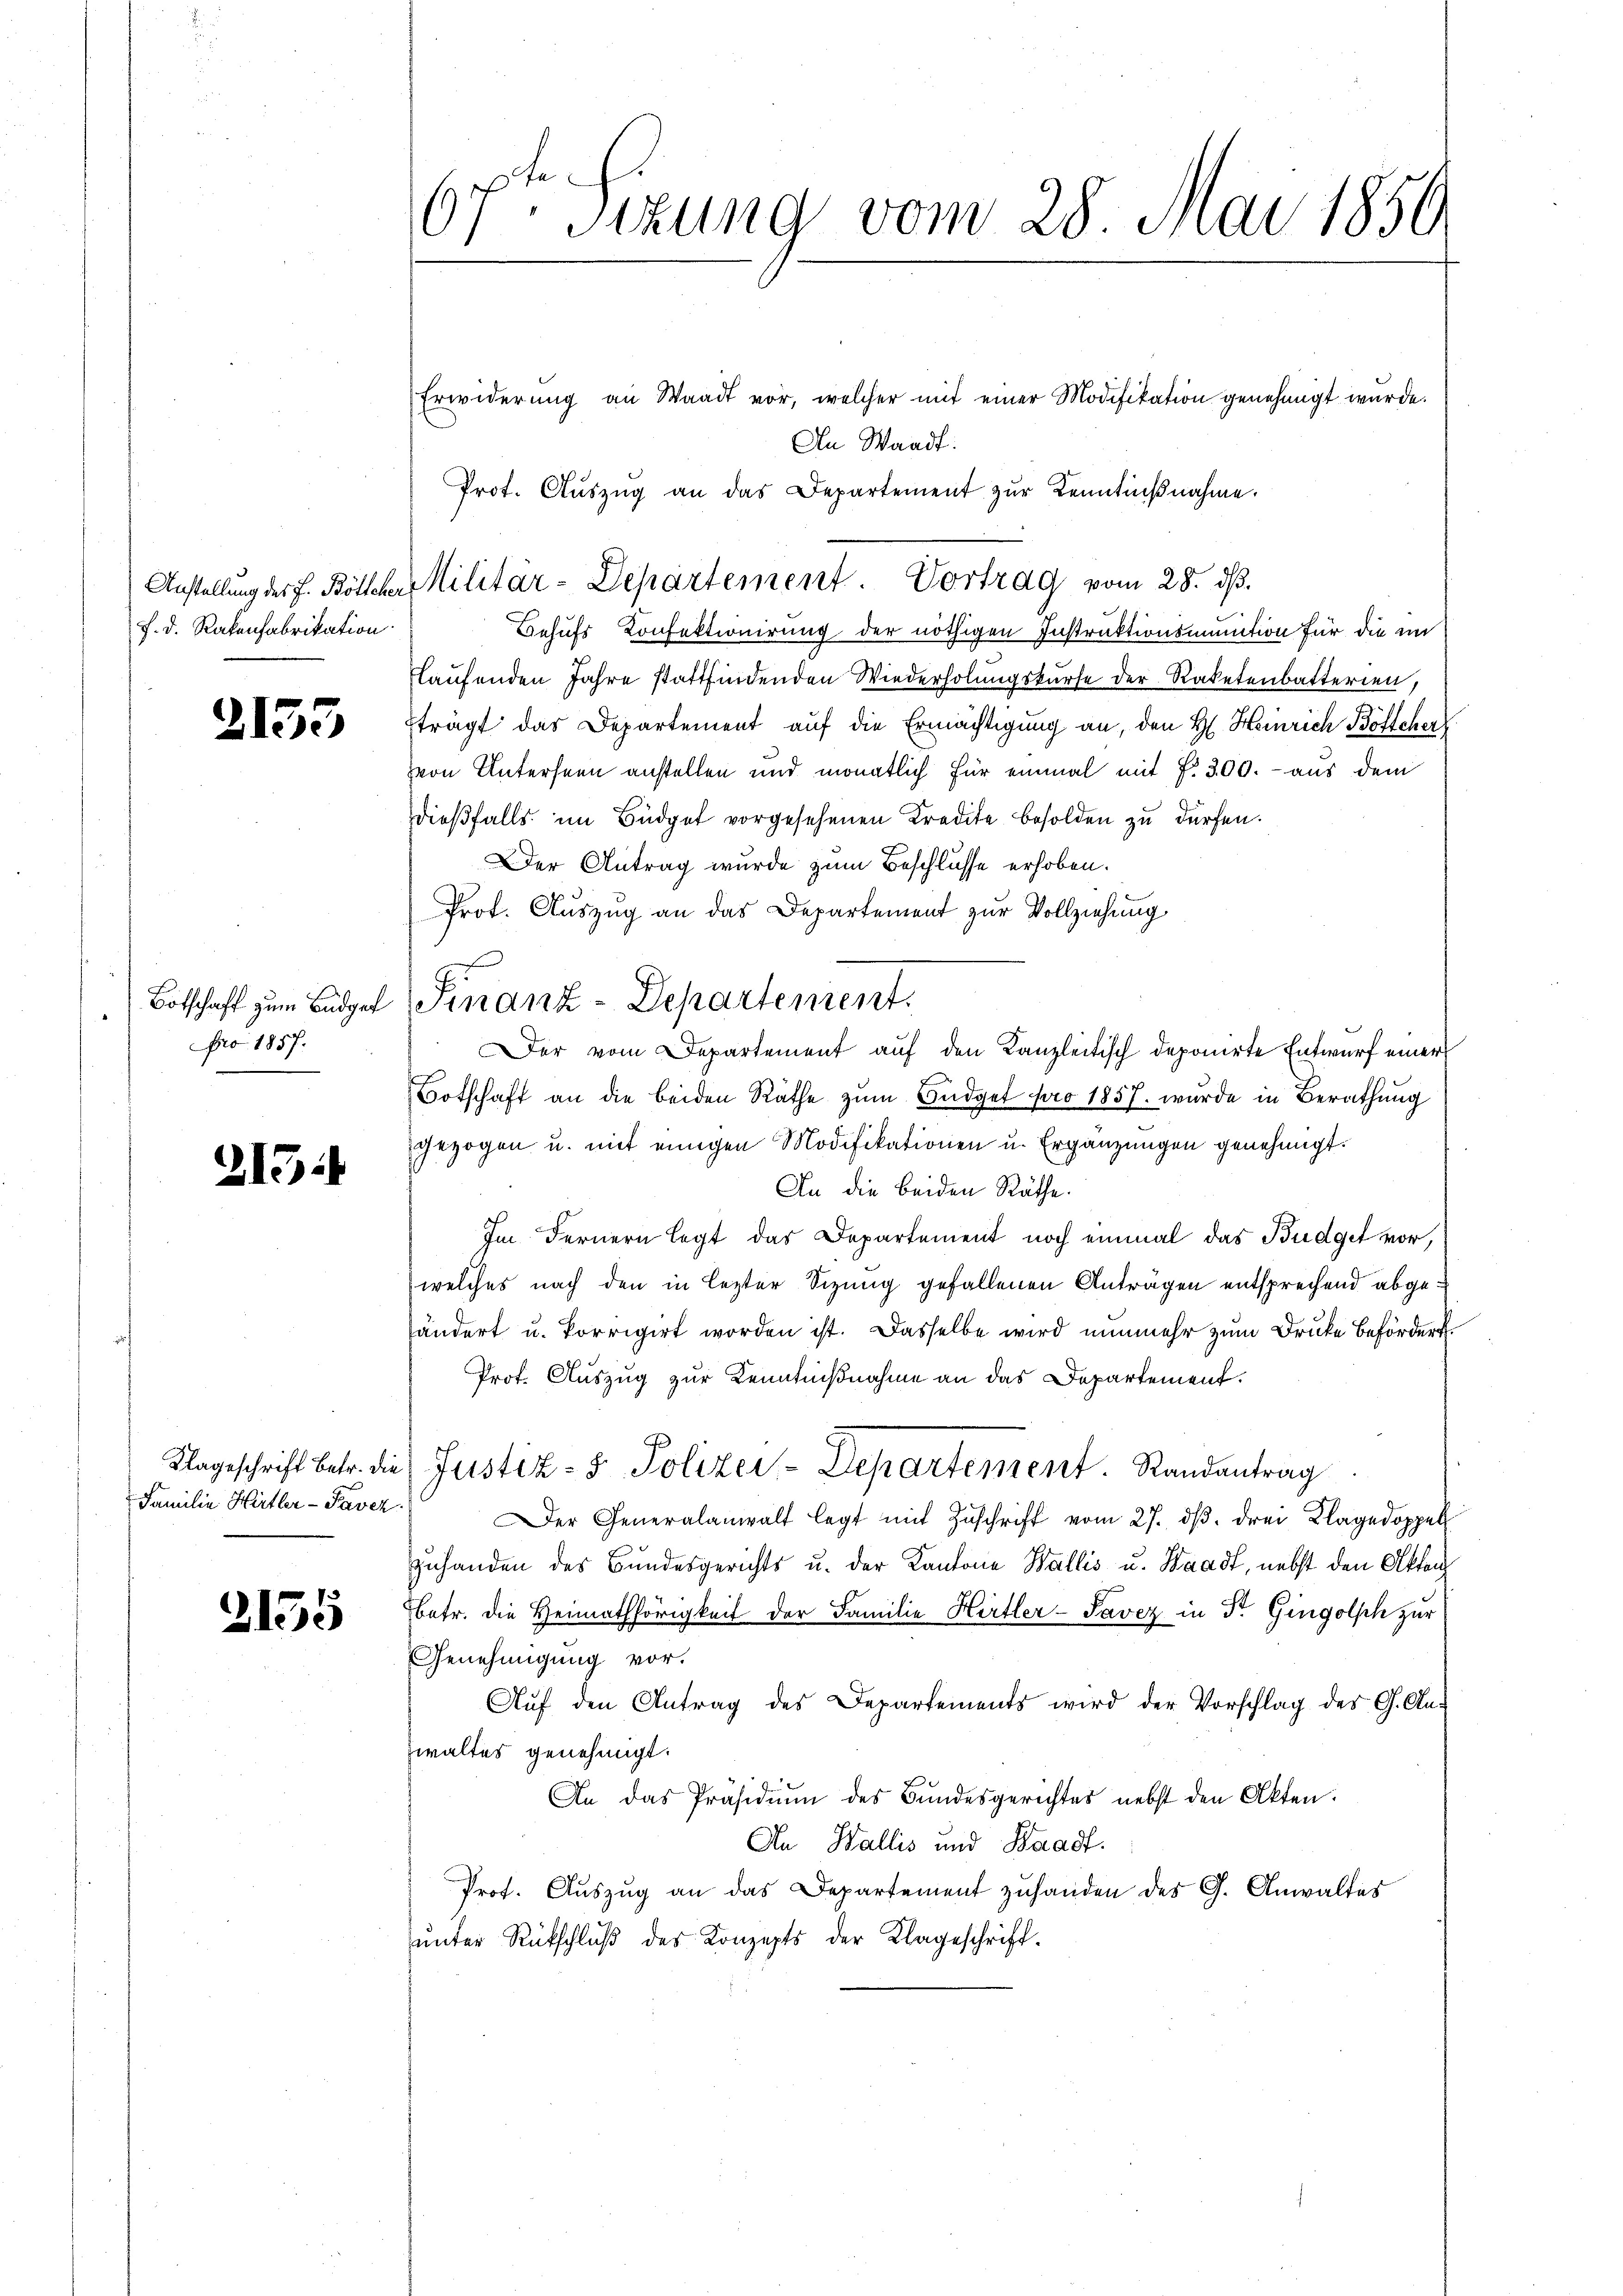
f. d. Rakenfabrikation

)

133

Botschaft zum Budgef
pro 1857.

215:

Familie Hertler-Pavez

2155

Otten Sizung vom 28. Mai 1850.

Erwiderung an Waadt vor, welcher mit einer Modifikation genehmigt wurde.
An Waadt:
Behufs Konfektionirung der nöthigen Instruktionsminition für die im
laufenden Jahre stattfindenden Wiederholungskurse der Raketenbatterien,
trägt das Departement auf die Ermächtigung an, den H. Heinrich Bötscher
von Unterseen anstellen und monatlich für einmal mit Fr. 300. aus dem
dieβfalls im Büdget vorgesehenen Kredite besolden zu dürfen.
Der Antrag wurde zum Beschlusse erhoben.
Prot. Auszug an das Departement zur Vollziehung
Der vom Departement auf den Kanzleitisch deponirte Entwurf einer
Botschaft an die beiden Räthe zŭm Büdget pro 1857 wurde in Berathŭng
gezogen u. mit einigen Modifikationen u. Ergänzungen genehmigt.
An die beiden Räthe.
Im Fernern legt das Departement noch einmal das Budget vor,
welches nach den in lezter Sizung gefallenen Anträgen entsprechend abgehändert u. korrigirt worden ist. Dasselbe wird nunmehr zum Drucke beförder
Prot. Auszug zur Kenntnißnahme an das Departement.
Klageschrift betr. die Justiz- & Polizei-Departement. Randantrag
Der Generalanwalt legt mit Zŭschrift vom 27. dβ. drei Klagedoppel
zuhanden des Bundesgerichts u. der Kantone Wallis u. Waadt, nebst den Akten
betr. die Heimathörigkeit der Familie Hertler-Pavez in Dr. Gingolsch zur
Genehmigung vor.
Aŭf den Antrag des Departements wird der Vorschlag des C. An-
zwaltes genehmigt.
An das Präsidiŭm des Bŭndesgerichtes nebst den Akten.
An Wallis und Waadt.
Prof. Aŭszŭg an das Departement zŭhanden des G. Anwaltes
unter Rütschluß des Konzepts der Klageschrift¬

Prot. Aŭszŭg an das Departement zŭr Kenntniβnahme.
Anstellŭng der J. Böllcher Militar-Departement. Vortrag vom 28. dβ.

Finanz-Departement.